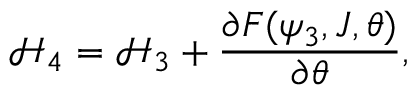
\displaystyle \mathcal { H } _ { 4 } = \mathcal { H } _ { 3 } + \frac { \partial F ( \psi _ { 3 } , J , \theta ) } { \partial \theta } ,